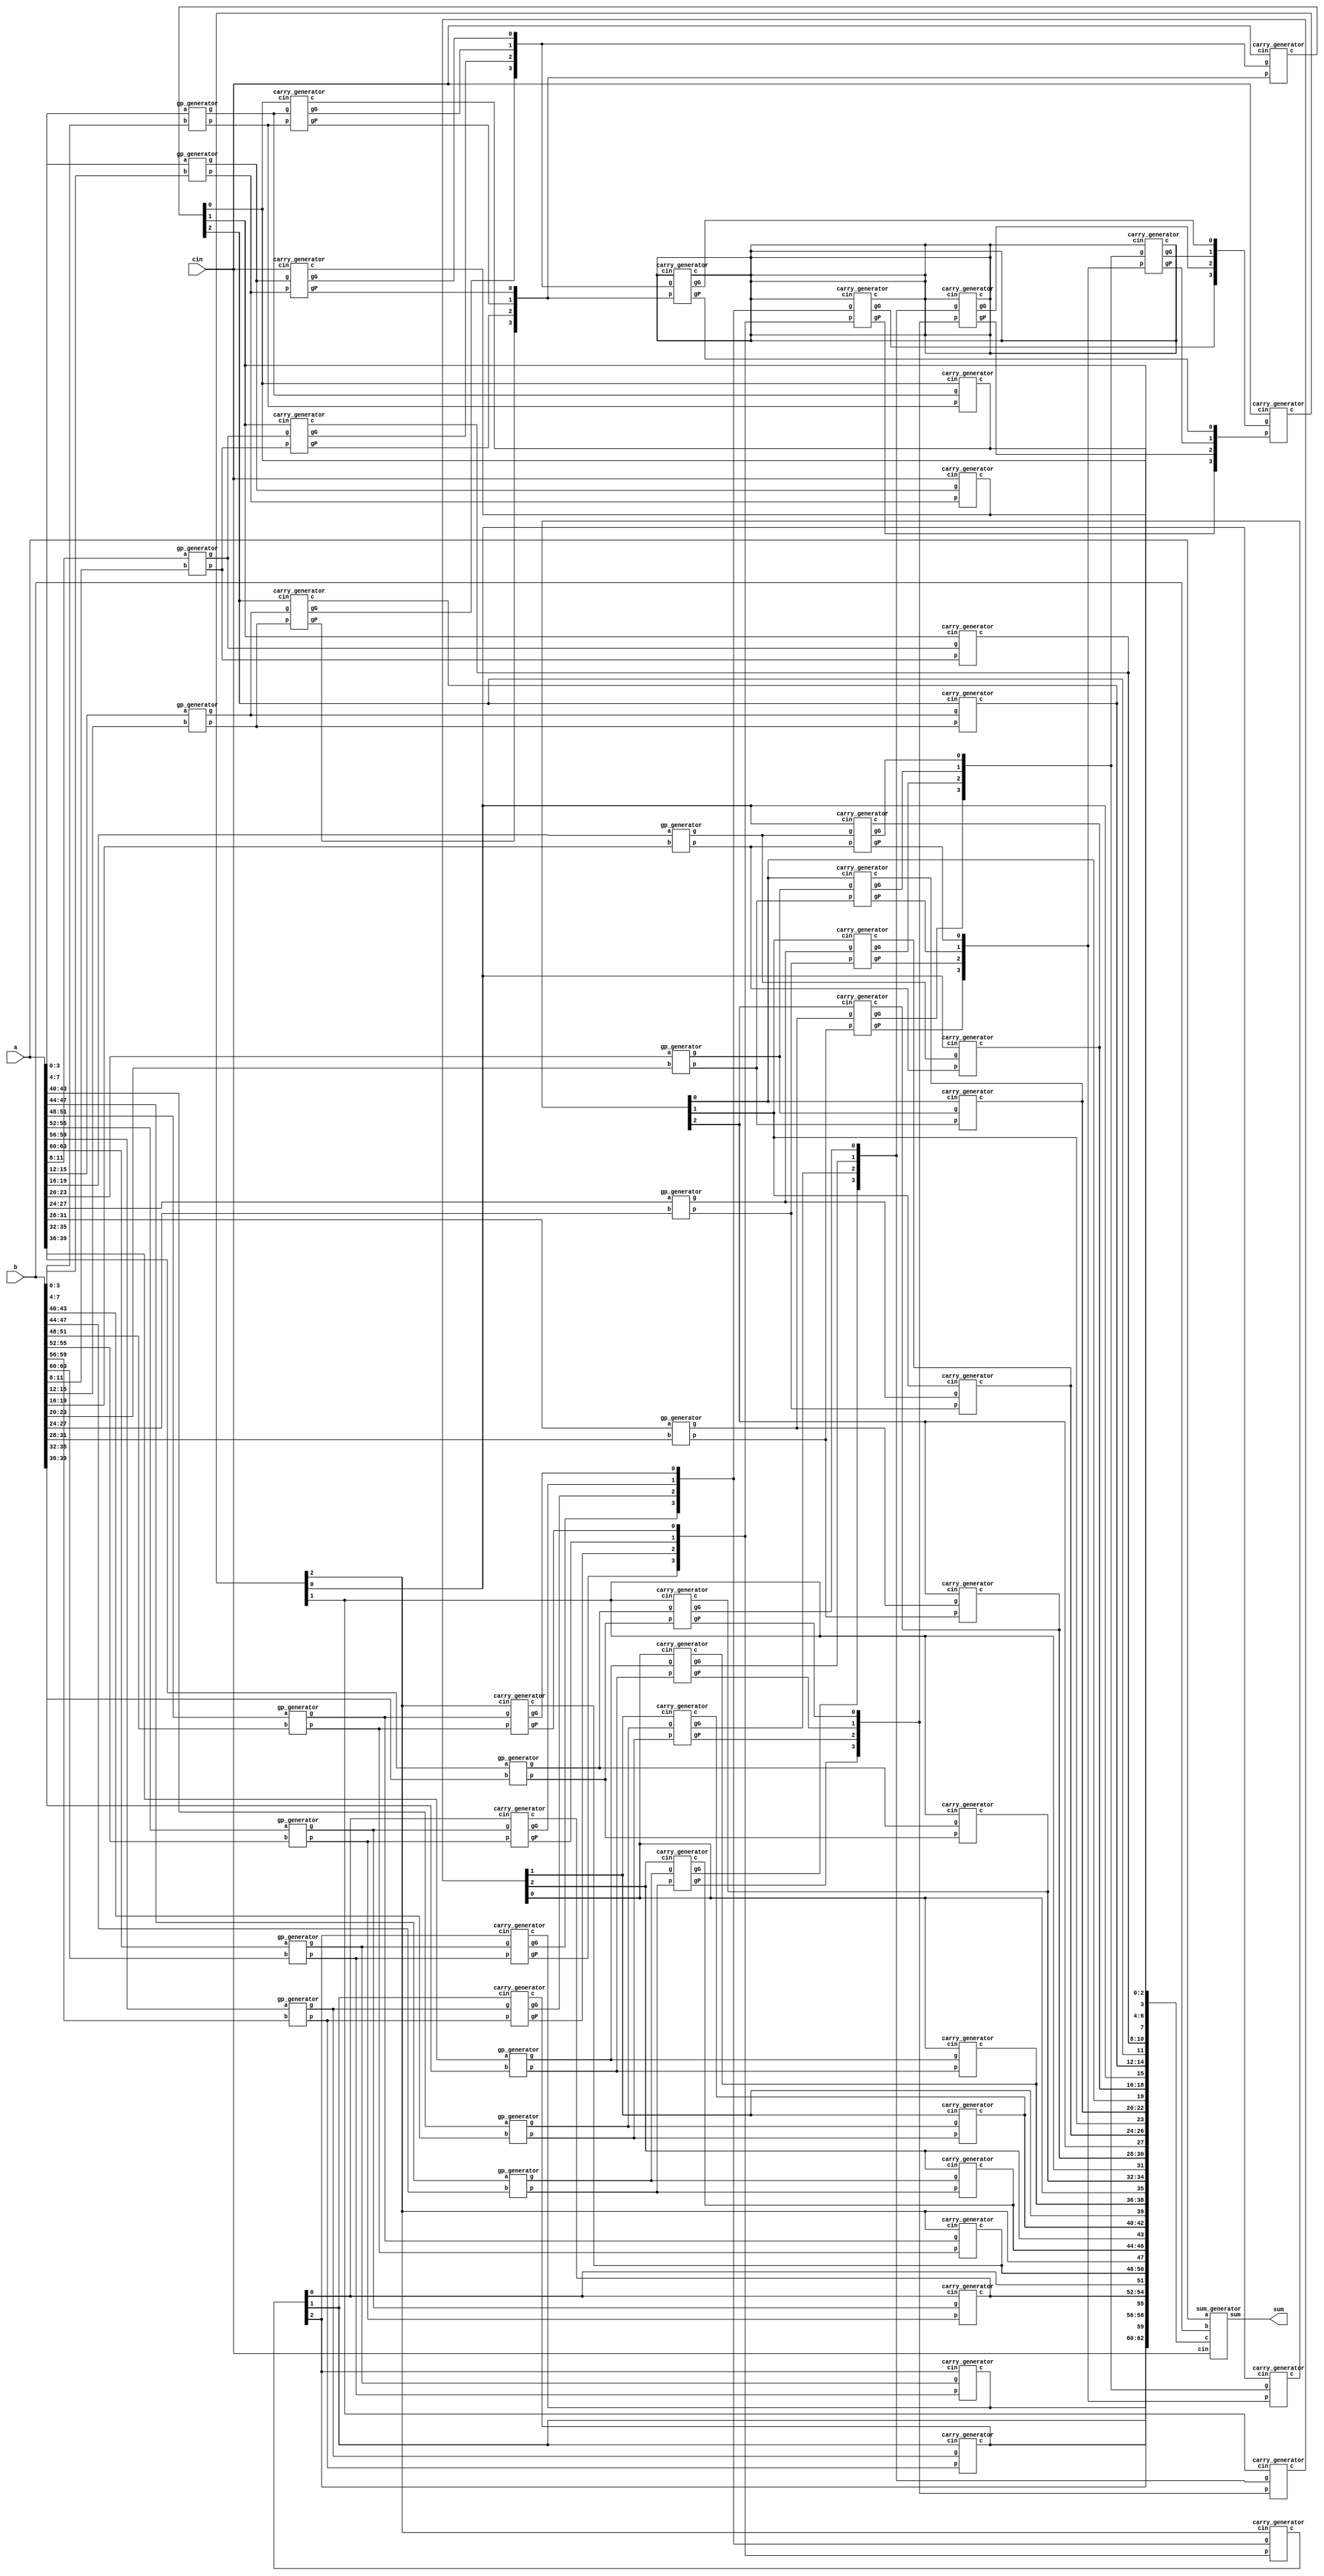
module CLA_64bit(a,b,cin,sum);

    input [63:0] a,b;
    input cin;
    output [63:0] sum;

    wire [63:0] g,p;
    wire [63:1] c;
    wire [15:0] gG,gP;
    wire [3:0] a_gG,a_gP;
    
    //Write down your design here ---//
	
	  //generate g & p
        gp_generator gp0(a[3:0],b[3:0],g[3:0],p[3:0]);
        gp_generator gp1(a[7:4],b[7:4],g[7:4],p[7:4]);
        gp_generator gp2(a[11:8],b[11:8],g[11:8],p[11:8]);
        gp_generator gp3(a[15:12],b[15:12],g[15:12],p[15:12]);
        gp_generator gp4(a[19:16],b[19:16],g[19:16],p[19:16]);
        gp_generator gp5(a[23:20],b[23:20],g[23:20],p[23:20]);
        gp_generator gp6(a[27:24],b[27:24],g[27:24],p[27:24]);
        gp_generator gp7(a[31:28],b[31:28],g[31:28],p[31:28]);
        gp_generator gp8(a[35:32],b[35:32],g[35:32],p[35:32]);
        gp_generator gp9(a[39:36],b[39:36],g[39:36],p[39:36]);
        gp_generator gp10(a[43:40],b[43:40],g[43:40],p[43:40]);
        gp_generator gp11(a[47:44],b[47:44],g[47:44],p[47:44]);
        gp_generator gp12(a[51:48],b[51:48],g[51:48],p[51:48]);
        gp_generator gp13(a[55:52],b[55:52],g[55:52],p[55:52]);
        gp_generator gp14(a[59:56],b[59:56],g[59:56],p[59:56]);
        gp_generator gp15(a[63:60],b[63:60],g[63:60],p[63:60]);
		
	  //generate gG & gP, all 4 bits
        carry_generator c0(g[3:0],p[3:0],cin,c[3:1],gG[0],gP[0]);
        carry_generator c1(g[7:4],p[7:4],c[4],c[7:5],gG[1],gP[1]);
        carry_generator c2(g[11:8],p[11:8],c[8],c[11:9],gG[2],gP[2]);
        carry_generator c3(g[15:12],p[15:12],c[12],c[15:13],gG[3],gP[3]);
        carry_generator c4(g[19:16],p[19:16],c[16],c[19:17],gG[4],gP[4]);
        carry_generator c5(g[23:20],p[23:20],c[20],c[23:21],gG[5],gP[5]);
        carry_generator c6(g[27:24],p[27:24],c[24],c[27:25],gG[6],gP[6]);
        carry_generator c7(g[31:28],p[31:28],c[28],c[31:29],gG[7],gP[7]);
        carry_generator c8(g[35:32],p[35:32],c[32],c[35:33],gG[8],gP[8]);
        carry_generator c9(g[39:36],p[39:36],c[36],c[39:37],gG[9],gP[9]);
        carry_generator c10(g[43:40],p[43:40],c[40],c[43:41],gG[10],gP[10]);
        carry_generator c11(g[47:44],p[47:44],c[44],c[47:45],gG[11],gP[11]);
        carry_generator c12(g[51:48],p[51:48],c[48],c[51:49],gG[12],gP[12]);
        carry_generator c13(g[55:52],p[55:52],c[52],c[55:53],gG[13],gP[13]);
        carry_generator c14(g[59:56],p[59:56],c[56],c[59:57],gG[14],gP[14]);
        carry_generator c15(g[63:60],p[63:60],c[60],c[63:61],gG[15],gP[15]);

      //generate 16 bits G/P
        carry_generator g16_1(gG[3:0],gP[3:0],,,a_gG[0],a_gP[0]);
        carry_generator g16_2(gG[7:4],gP[7:4],,,a_gG[1],a_gP[1]);
        carry_generator g16_3(gG[11:8],gP[11:8],,,a_gG[2],a_gP[2]);
        carry_generator g16_4(gG[15:12],gP[15:12],,,a_gG[3],a_gP[3]);

      //generate c16,c32..
        carry_generator c_16bit(a_gG[3:0],a_gP[3:0],cin,{c[48],c[32],c[16]},,);
	
	  //generate c4,c8....
        carry_generator g_1(gG[3:0],gP[3:0],cin,{c[12],c[8],c[4]},,);
        carry_generator g_2(gG[7:4],gP[7:4],c[16],{c[28],c[24],c[20]},,);
        carry_generator g_3(gG[11:8],gP[11:8],c[32],{c[44],c[40],c[36]},,);
        carry_generator g_4(gG[15:12],gP[15:12],c[48],{c[60],c[56],c[52]},,);
	    
      //generate all
        carry_generator c_0(g[3:0],p[3:0],cin,c[3:1],,);
        carry_generator c_1(g[7:4],p[7:4],c[4],c[7:5],,);
        carry_generator c_2(g[11:8],p[11:8],c[8],c[11:9],,);
        carry_generator c_3(g[15:12],p[15:12],c[12],c[15:13],,);
        carry_generator c_4(g[19:16],p[19:16],c[16],c[19:17],,);
        carry_generator c_5(g[23:20],p[23:20],c[20],c[23:21],,);
        carry_generator c_6(g[27:24],p[27:24],c[24],c[27:25],,);
        carry_generator c_7(g[31:28],p[31:28],c[28],c[31:29],,);
        carry_generator c_8(g[35:32],p[35:32],c[32],c[35:33],,);
        carry_generator c_9(g[39:36],p[39:36],c[36],c[39:37],,);
        carry_generator c_10(g[43:40],p[43:40],c[40],c[43:41],,);
        carry_generator c_11(g[47:44],p[47:44],c[44],c[47:45],,);
        carry_generator c_12(g[51:48],p[51:48],c[48],c[51:49],,);
        carry_generator c_13(g[55:52],p[55:52],c[52],c[55:53],,);
        carry_generator c_14(g[59:56],p[59:56],c[56],c[59:57],,);
        carry_generator c_15(g[63:60],p[63:60],c[60],c[63:61],,);
  		
	  //generate sum
        sum_generator s(a[63:0],b[63:0],cin,c[63:1],sum[63:0]);
    
    //-------------------------------//

endmodule

module gp_generator(a,b,g,p);

    input [3:0] a,b;
    output [3:0] g,p;

    assign g = a & b;
    assign p = a | b;

endmodule

module carry_generator(g,p,cin,c,gG,gP);

    input [3:0] g,p;
    input cin;
    output gG,gP;
    output [3:1] c;

	assign gG = g[3] | (p[3] & g[2]) | (p[3] & p[2] & g[1]) | (p[3] & p[2] & p[1] & g[0]);
	assign gP = p[3] & p[2] & p[1] & p[0];

    assign c[1] = g[0] | (p[0] & cin);
    assign c[2] = g[1] | (p[1] & g[0]) | (p[1] & p[0] & cin);
    assign c[3] = g[2] | (p[2] & g[1]) | (p[2] & p[1] & g[0]) | (p[2] & p[1] & p[0] & cin);

endmodule

module sum_generator(a,b,cin,c,sum);

    input [63:0] a,b;
    input cin;
    input [63:1] c;
    output [63:0] sum;
	

    assign sum = a ^ b ^ {c,cin};

endmodule